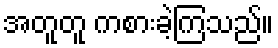
အတူတူ ကစားခဲ့ကြသည်။